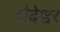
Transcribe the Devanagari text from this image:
हौदेश्वर